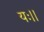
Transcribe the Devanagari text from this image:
यः।।